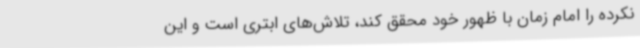
نکرده را امام زمان با ظهور خود محقق کند، تلاش‌های ابتری است و این